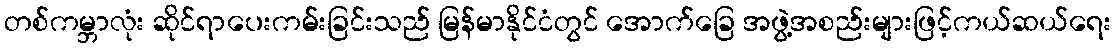
တစ်ကမ္ဘာလုံး ဆိုင်ရာပေးကမ်းခြင်းသည် မြန်မာနိုင်ငံတွင် အောက်ခြေ အဖွဲ့အစည်းများဖြင့်ကယ်ဆယ်ရေး